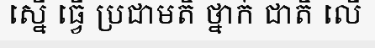
ស្នើ ធ្វើ ប្រជាមតិ ថ្នាក់ ជាតិ លើ